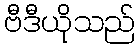
ဗီဒီယိုသည်